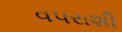
વપરાશી